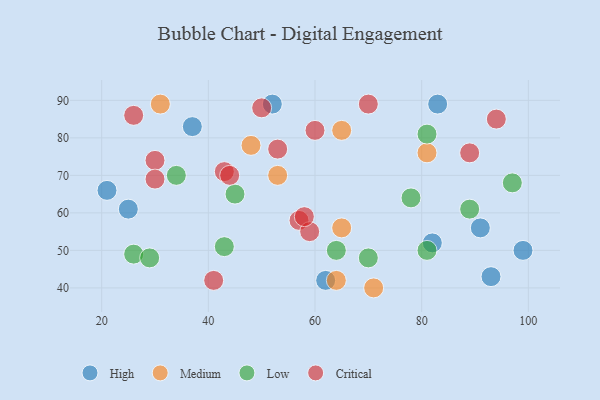
{"axis": {"x": "GDP", "y": "Life Expectancy"}, "legend": ["Critical", "High", "Low", "Medium"], "data": [{"x": "37", "y": 83, "type": "High"}, {"x": "21", "y": 66, "type": "High"}, {"x": "99", "y": 50, "type": "High"}, {"x": "91", "y": 56, "type": "High"}, {"x": "25", "y": 61, "type": "High"}, {"x": "82", "y": 52, "type": "High"}, {"x": "83", "y": 89, "type": "High"}, {"x": "93", "y": 43, "type": "High"}, {"x": "62", "y": 42, "type": "High"}, {"x": "52", "y": 89, "type": "High"}, {"x": "65", "y": 56, "type": "Medium"}, {"x": "31", "y": 89, "type": "Medium"}, {"x": "64", "y": 42, "type": "Medium"}, {"x": "65", "y": 82, "type": "Medium"}, {"x": "71", "y": 40, "type": "Medium"}, {"x": "48", "y": 78, "type": "Medium"}, {"x": "81", "y": 76, "type": "Medium"}, {"x": "53", "y": 70, "type": "Medium"}, {"x": "70", "y": 48, "type": "Low"}, {"x": "26", "y": 49, "type": "Low"}, {"x": "43", "y": 51, "type": "Low"}, {"x": "89", "y": 61, "type": "Low"}, {"x": "34", "y": 70, "type": "Low"}, {"x": "29", "y": 48, "type": "Low"}, {"x": "97", "y": 68, "type": "Low"}, {"x": "64", "y": 50, "type": "Low"}, {"x": "45", "y": 65, "type": "Low"}, {"x": "81", "y": 81, "type": "Low"}, {"x": "81", "y": 50, "type": "Low"}, {"x": "78", "y": 64, "type": "Low"}, {"x": "30", "y": 74, "type": "Critical"}, {"x": "26", "y": 86, "type": "Critical"}, {"x": "60", "y": 82, "type": "Critical"}, {"x": "94", "y": 85, "type": "Critical"}, {"x": "43", "y": 71, "type": "Critical"}, {"x": "30", "y": 69, "type": "Critical"}, {"x": "89", "y": 76, "type": "Critical"}, {"x": "70", "y": 89, "type": "Critical"}, {"x": "57", "y": 58, "type": "Critical"}, {"x": "59", "y": 55, "type": "Critical"}, {"x": "53", "y": 77, "type": "Critical"}, {"x": "44", "y": 70, "type": "Critical"}, {"x": "50", "y": 88, "type": "Critical"}, {"x": "41", "y": 42, "type": "Critical"}, {"x": "58", "y": 59, "type": "Critical"}]}